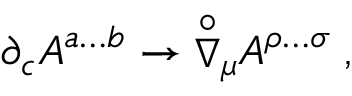
{ \partial } _ { c } A ^ { a \dots b } \rightarrow { \stackrel { \circ } { \nabla } } { } _ { \mu } A ^ { \rho \dots \sigma } \; ,